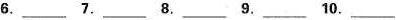
6.___ 7.___ 8.___ 9.___ 10.___